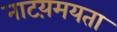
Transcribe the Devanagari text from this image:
नाटय़मयता